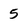
Character: 5